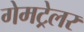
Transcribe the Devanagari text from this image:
गेमट्रेलर